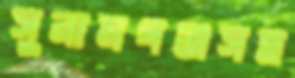
সুনামগঞ্জসহ